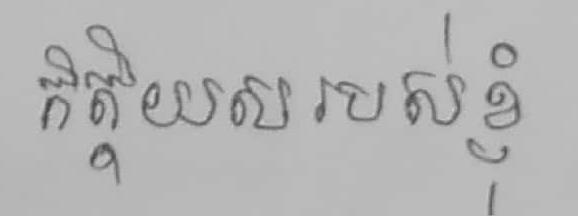
កិត្តិយសរបស់ខ្ញុំ